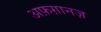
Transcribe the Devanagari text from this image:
अफ़ग़ानज़